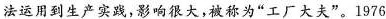
法运用到生产实践，影响很大，被称为”工厂大夫”。1976